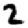
Digit: 2